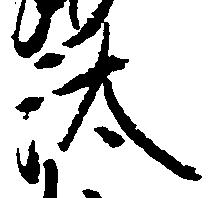
汰